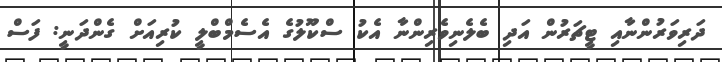
ދަރިވަރުންނާއި ޓީޗަރުން އަދި ބެލެނިވެރިންނާ އެކު ސްކޫލުގެ އެސެމްބްލީ ކުރިއަށް ގެންދަނީ: ފަސް